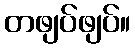
တဖျပ်ဖျပ်။